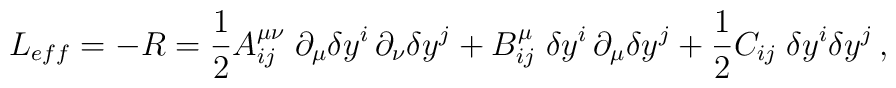
L_{eff} = - R = \frac{1}{2} A^{\mu \nu}_{ij} \;    \partial_{\mu}{\delta y}^i \, \partial_{\nu}{\delta y}^j    + B^{\mu}_{ij}\; {\delta y}^i \,    \partial_\mu \delta y^j + \frac{1}{2}C_{ij}\;    \delta y^i \delta y^j \, ,